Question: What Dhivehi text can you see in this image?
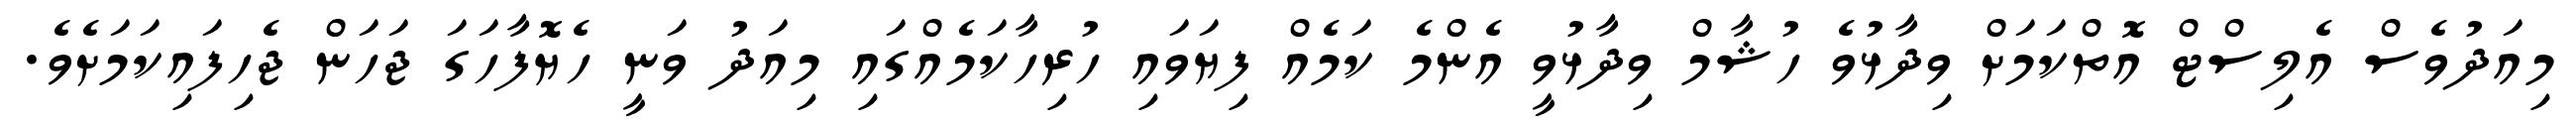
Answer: މިއަދުވެސް އެލިސްޓް އޮތްކަމަށް ވިދާޅުވެ ހުޝާމް ވިދާޅުވީ އެންމެ ކަމެއް ފިޔަވައި ހުރިހާކަމެއްގައި މިއަދު ވަނީ ހެޔޮފާހަގަ ޖަހަން ޖެހިފައިކަމަށެވެ.